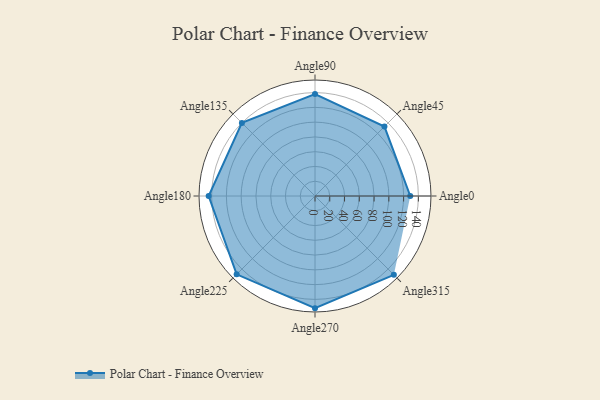
{"axis": {"x": "Angle", "y": "Radius"}, "legend": [""], "data": [{"x": "Angle0", "y": 129.0, "type": ""}, {"x": "Angle45", "y": 133.0, "type": ""}, {"x": "Angle90", "y": 138.0, "type": ""}, {"x": "Angle135", "y": 140.0, "type": ""}, {"x": "Angle180", "y": 144.0, "type": ""}, {"x": "Angle225", "y": 150.0, "type": ""}, {"x": "Angle270", "y": 152.0, "type": ""}, {"x": "Angle315", "y": 151.0, "type": ""}]}